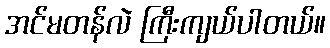
အင်မတန်လဲ ကြီးကျယ်ပါတယ်။